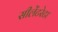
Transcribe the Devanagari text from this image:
सीलेंटरेटा